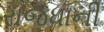
રાજધાની